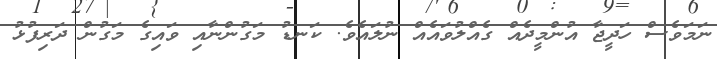
ނަމަވެސް ހަދީޖާ އުންމީދެއް ގެއްލުވައެއް ނުލައެވެ. ކަނޑު މަގުންނާއި ވައިގެ މަގުން ދަރިފުޅު